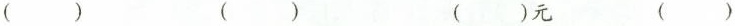
() () ()元 ()